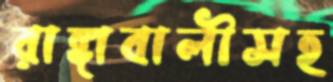
রাঙ্গাবালীসহ